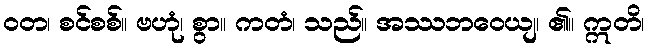
ဝတ၊ စင်စစ်။ ဗဟုံ၊ စွာ။ ကတံ၊ သည်။ အဿဘဝေယျ၊ ၏။ ဣတိ၊